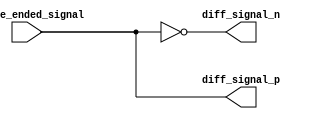
module differential_buffer (
  input wire single_ended_signal,
  output wire diff_signal_p,
  output wire diff_signal_n
);

assign diff_signal_p = single_ended_signal;
assign diff_signal_n = ~single_ended_signal;

endmodule